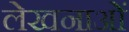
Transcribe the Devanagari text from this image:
लेखनाओं